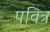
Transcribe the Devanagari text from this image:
पवित्र